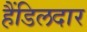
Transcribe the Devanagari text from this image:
हैंडिलदार